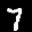
Label: 7